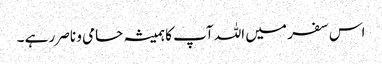
اس سفر میں اللہ آپ کا ہمیشہ حامی و ناصر رہے ۔